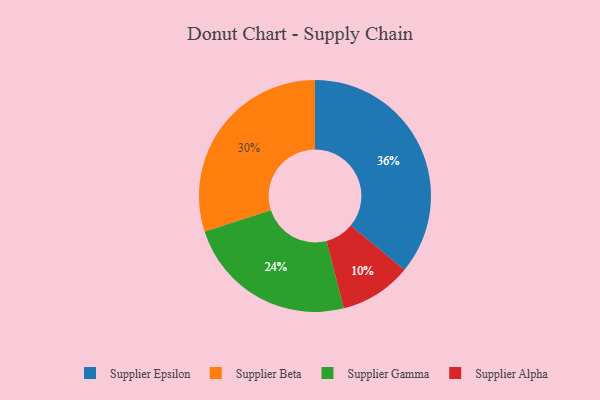
{"axis": {"x": "Category", "y": "Percentage"}, "legend": ["Supplier Alpha", "Supplier Beta", "Supplier Epsilon", "Supplier Gamma"], "data": [{"x": "Supplier Epsilon", "y": 36, "type": "Supplier Epsilon"}, {"x": "Supplier Alpha", "y": 10, "type": "Supplier Alpha"}, {"x": "Supplier Beta", "y": 30, "type": "Supplier Beta"}, {"x": "Supplier Gamma", "y": 24, "type": "Supplier Gamma"}]}